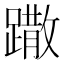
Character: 𨅖